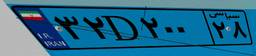
۳۲D۲۰۰۲۸